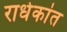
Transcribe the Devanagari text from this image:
राधेकांत